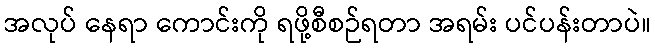
အလုပ် နေရာ ကောင်းကို ရဖို့စီစဉ်ရတာ အရမ်း ပင်ပန်းတာပဲ။